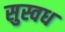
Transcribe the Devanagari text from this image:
सुस्वध